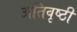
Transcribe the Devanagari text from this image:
अतिवृष्ठी